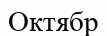
Октябр